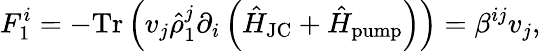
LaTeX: F_{1}^{i}=-\mathrm{Tr}\left(v_{j}\hat{\rho}_{1}^{j}\partial_{i}\left(\hat{H}_{\mathrm{JC}}+\hat{H}_{\mathrm{pump}}\right)\right)=\beta^{ij}v_{j},